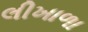
લીખાળા